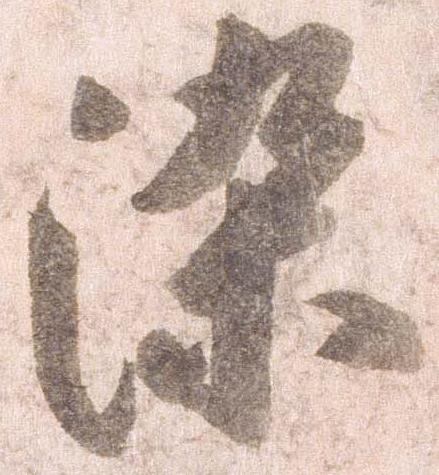
染